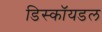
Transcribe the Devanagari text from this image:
डिस्कॉयडल